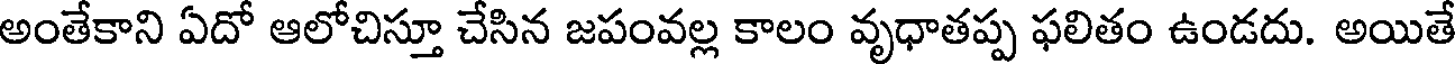
అంతేకాని ఏదో ఆలోచిస్తూ చేసిన జపంవల్ల కాలం వృధాతప్ప ఫలితం ఉండదు. అయితే